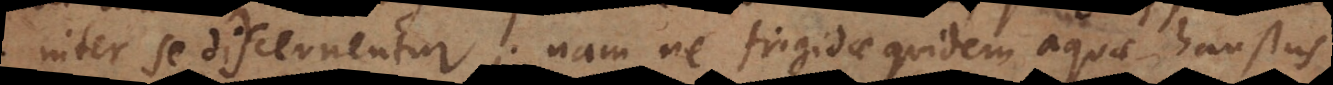
inter se discernentur; nam ne frigidae quidem aquae haustus